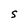
Character: S